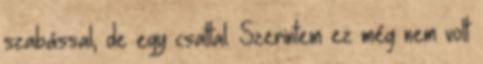
szabással, de egy csattal. Szerintem ez még nem volt